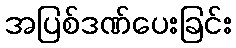
အပြစ်ဒဏ်ပေးခြင်း